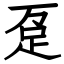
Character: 趸